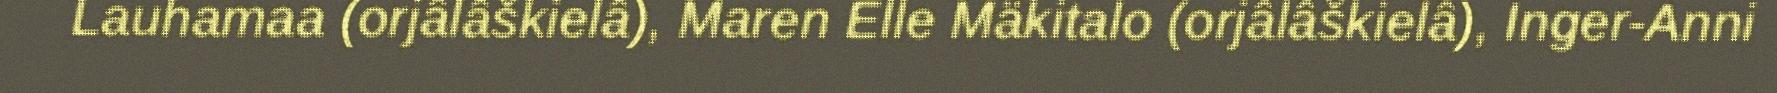
Lauhamaa (orjâlâškielâ), Maren Elle Mäkitalo (orjâlâškielâ), Inger-Anni